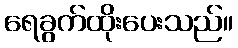
ရေခွက်ထိုးပေးသည်။